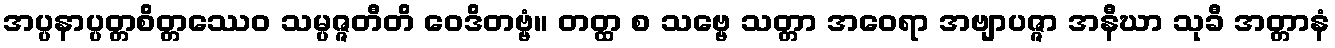
အပ္ပနာပ္ပတ္တစိတ္တဿေဝ သမ္ပဇ္ဇတီတိ ဝေဒိတဗ္ဗံ။ တတ္ထ စ သဗ္ဗေ သတ္တာ အဝေရာ အဗျာပဇ္ဇာ အနီဃာ သုခီ အတ္တာနံ